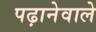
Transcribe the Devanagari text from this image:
पढ़ानेवाले